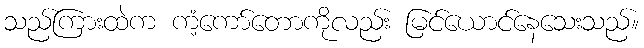
သည်ကြားထဲက ကံ့ကော်တောကိုလည်း မြင်ယောင်နေသေးသည်။